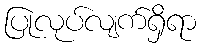
ပြုလုပ်လျက်ရှိရာ